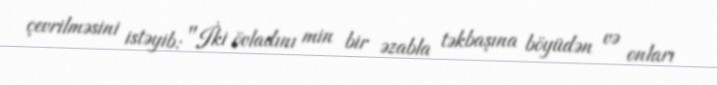
çevrilməsini istəyib: "İki övladını min bir əzabla təkbaşına böyüdən və onları